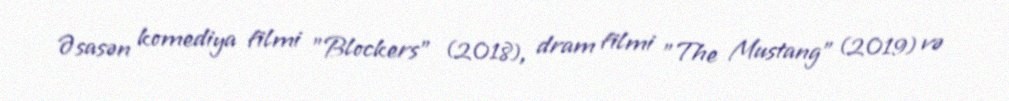
Əsasən komediya filmi "Blockers" (2018), dram filmi "The Mustang" (2019) və